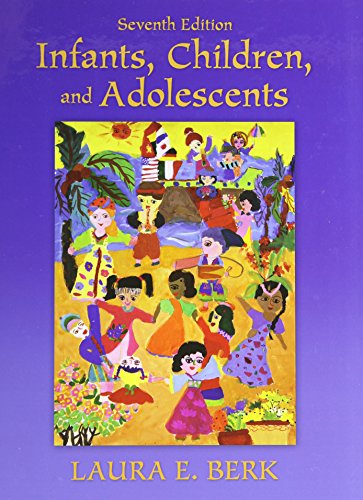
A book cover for Infants, Children, and Adolescents (7th Edition); Laura E. Berk; Medical Books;